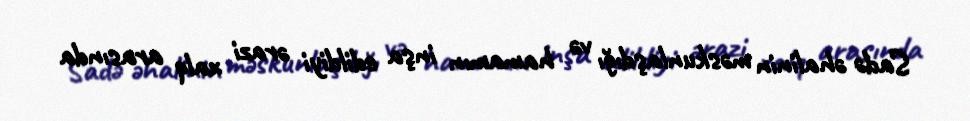
Sadə əhalinin məskunlaşdığı və hamamın inşa edildiyi ərazi xalq arasında